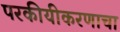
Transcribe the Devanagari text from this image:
परकीयीकरणाचा